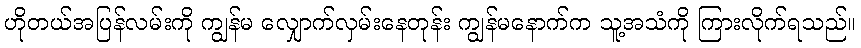
ဟိုတယ်အပြန်လမ်းကို ကျွန်မ လျှောက်လှမ်းနေတုန်း ကျွန်မနောက်က သူ့အသံကို ကြားလိုက်ရသည်။